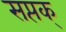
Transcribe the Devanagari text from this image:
सप्तक्